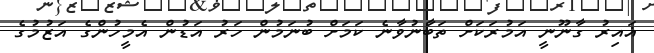
ޣައިރު ގާނޫނީ އަމުރަކަށް ތަބާނުވާނެ ކަމަށް ބުނަމުން ހަރު އަޑުން އެމީހުންގެ އަޒުމުގެ